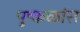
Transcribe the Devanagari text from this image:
पुष्कळांस